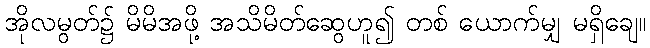
အိုလမွတ်၌ မိမိအဖို့ အသိမိတ်ဆွေဟူ၍ တစ် ယောက်မျှ မရှိချေ။